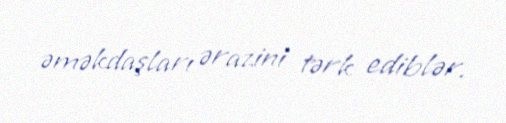
əməkdaşları ərazini tərk ediblər.